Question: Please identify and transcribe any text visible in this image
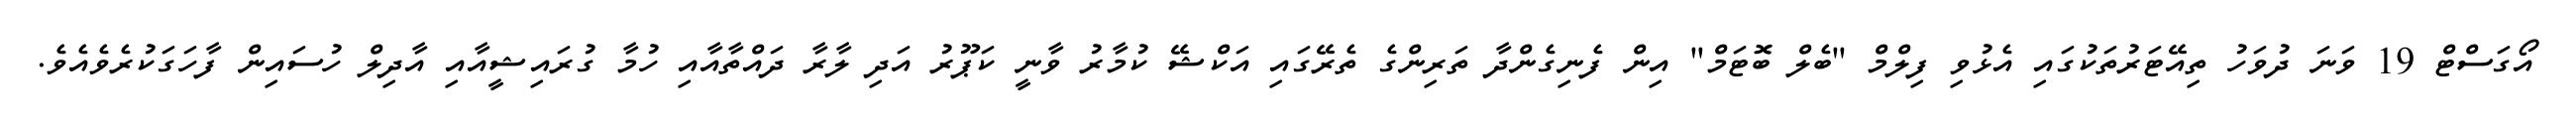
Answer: އޯގަސްޓް 19 ވަނަ ދުވަހު ތިއޭޓަރުތަކުގައި އެޅުވި ފިލްމް "ބެލް ބޮޓަމް" އިން ފެނިގެންދާ ތަރިންގެ ތެރޭގައި އަކްޝޭ ކުމާރު ވާނީ ކަޕޫރު އަދި ލާރާ ދައްތާއާއި ހުމާ ގުރައިޝީއާއި އާދިލް ހުސައިން ފާހަގަކުރެވެއެވެ.